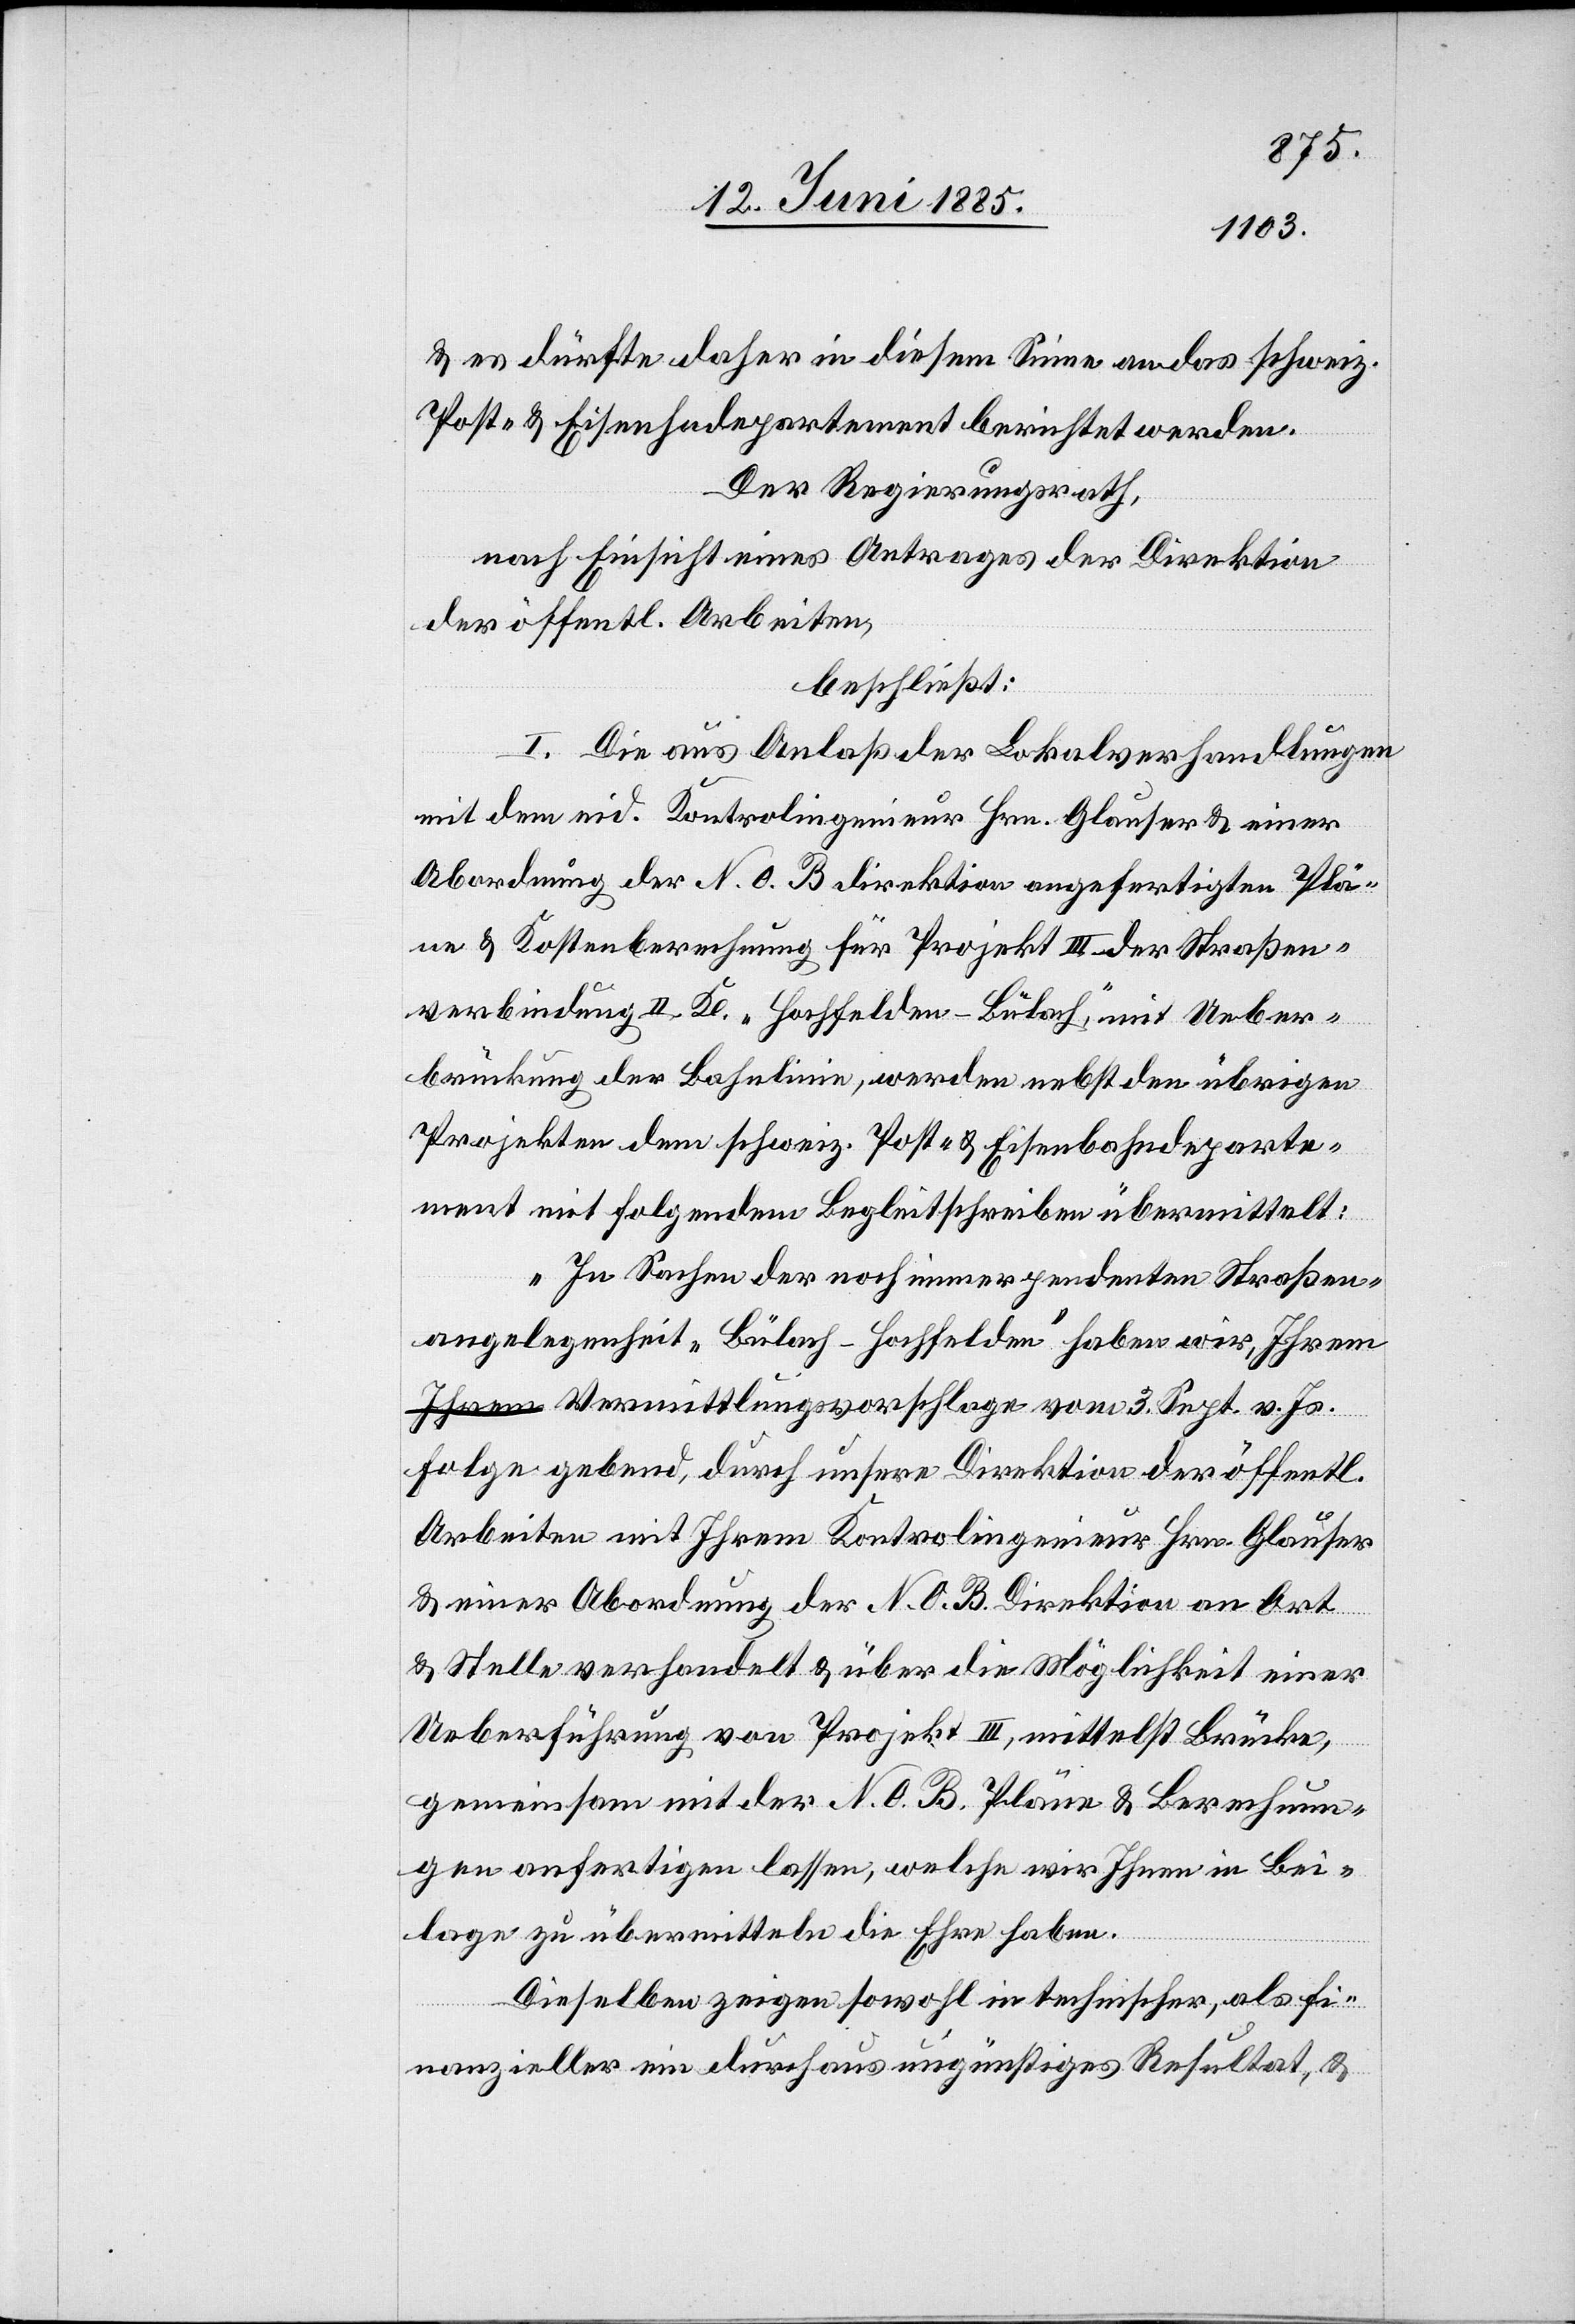
& es dürfte daher in diesem Sinne an das schweiz.
Post- & Eisenbahndepartement berichtet werden.
Der Regierungsrath,
nach Einsicht eines Antrages der Direktion
der öffentl. Arbeiten,
beschließt:
I. Die aus Anlaß der Lokalverhandlungen
mit dem eid. Kontrolingenieur Hrn. Glauser & einer
Abordnung der N. O. B.[-]direktion angefertigten Plä¬
ne & Kostenberechnung für Projekt III der Straßen¬
verbindung II. Kl. „Hochfelden–Bülach“, mit Ueber¬
brückung der Bahnlinie, werden nebst den übrigen
Projekten dem schweiz. Post- & Eisenbahndeparte¬
ment folgendem Begleitschreiben übermittelt:
„In Sachen der noch immer pendenten Straßen¬
angelegenheit „Bülach–Hochfelden“ haben wir, Ihrem
Vermittlungsvorschlage vom 3. Sept. v. Js.
Folge gebend, durch unsere Direktion der öffentl.
Arbeiten mit Ihrem Kontrolingenieur Hrn. Glauser
& einer Abordnung der N. O. B. Direktion an Ort
& Stelle verhandelt & über die Möglichkeit einer
Ueberführung von Projekt III, mittelst Brücke,
gemeinsam mit der N. O. B. Pläne & Berechnun¬
gen anfertigen lassen, welche wir Ihnen in Bei¬
lage zu übermitteln die Ehre haben.
Dieselben zeigen sowohl in technischer, als fi¬
nanzieller … ein durchaus ungünstiges Resultat, &